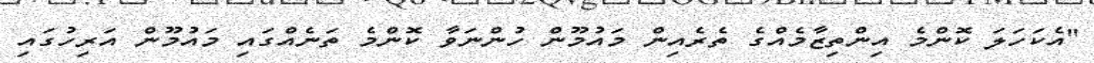
"އެކަހަލަ ކޮންމެ އިންތިޒާމެއްގެ ތެރެއިން މައުމޫން ހުންނަވާ ކޮންމެ ތަނެއްގައި މައުމޫން އަރިހުގައި